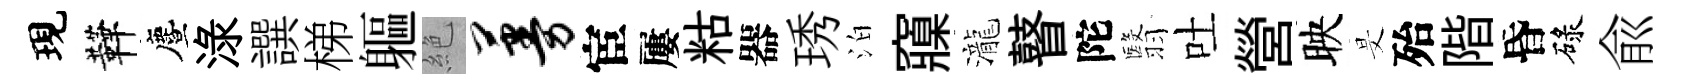
現鞾󵨌渌譔梯軀絶蔓宦屢䊀器琇泊䆿瀧瞽陀翳吐營映旻殆階昏碌兪